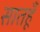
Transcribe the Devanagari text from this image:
सातहूँ